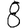
Digit: 8